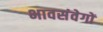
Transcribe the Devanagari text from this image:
भावसंवेगों